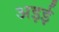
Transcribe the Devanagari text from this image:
अइई